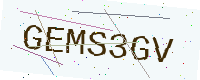
Text: GEMS3GV